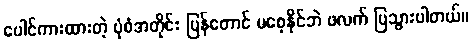
ပေါင်ကားထားတဲ့ ပုံစံအတိုင်း ပြန်တောင် မစေ့နိုင်ဘဲ ဖလက် ပြသွားပါတယ်။